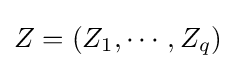
Z=(Z_{1},\cdots ,Z_{q})